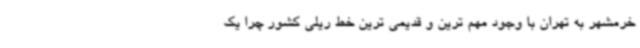
خرمشهر به تهران با وجود مهم ترین و قدیمی ترین خط ریلی کشور چرا یک